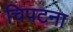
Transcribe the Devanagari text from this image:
चिपटना